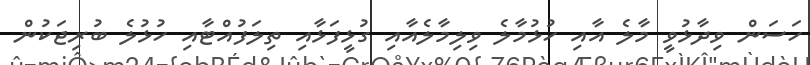
ހަސަން ވިދާޅުވީ މާލެ އާއި ހުޅުމާލެ ވިލިމާލެއާއި ގުޅީފަޅާއި ތިލަފުއްޓާއި ހުޅުލެ ބުރިޖަކުން